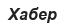
Хабер